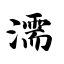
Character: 濡